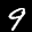
Label: 9